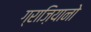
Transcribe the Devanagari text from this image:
ग्राज़ियानो